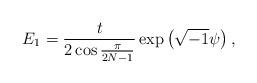
LaTeX: \begin{align*}E_1=\frac{t}{2\cos \frac{\pi}{2N-1}}\exp\left ( \sqrt{-1}\psi\right ),\end{align*}